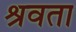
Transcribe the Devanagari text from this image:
श्रवता